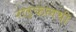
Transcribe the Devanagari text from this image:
राइफलथी